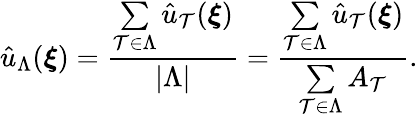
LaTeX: \hat{u}_{\Lambda}(\boldsymbol{\xi})=\frac{\underset{\mathcal{T}\in\Lambda}{\sum}\hat{u}_{\mathcal{T}}(\boldsymbol{\xi})}{|\Lambda|}=\frac{\underset{\mathcal{T}\in\Lambda}{\sum}\hat{u}_{\mathcal{T}}(\boldsymbol{\xi})}{\underset{\mathcal{T}\in\Lambda}{\sum}A_{\mathcal{T}}}.